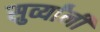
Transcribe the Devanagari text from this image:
सुर्व्यांनी